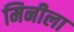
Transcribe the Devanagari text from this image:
मिनीला